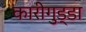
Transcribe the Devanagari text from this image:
कारीगुड्डा